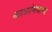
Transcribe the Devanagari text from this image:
काळांमधल्या